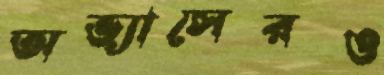
অভ্যাসেরও